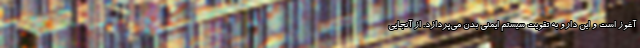
آغوز است و این دارو به تقویت سیستم ایمنی بدن می‌پردازد. از آنجایی